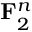
{ \bf { F } } _ { 2 } ^ { n }